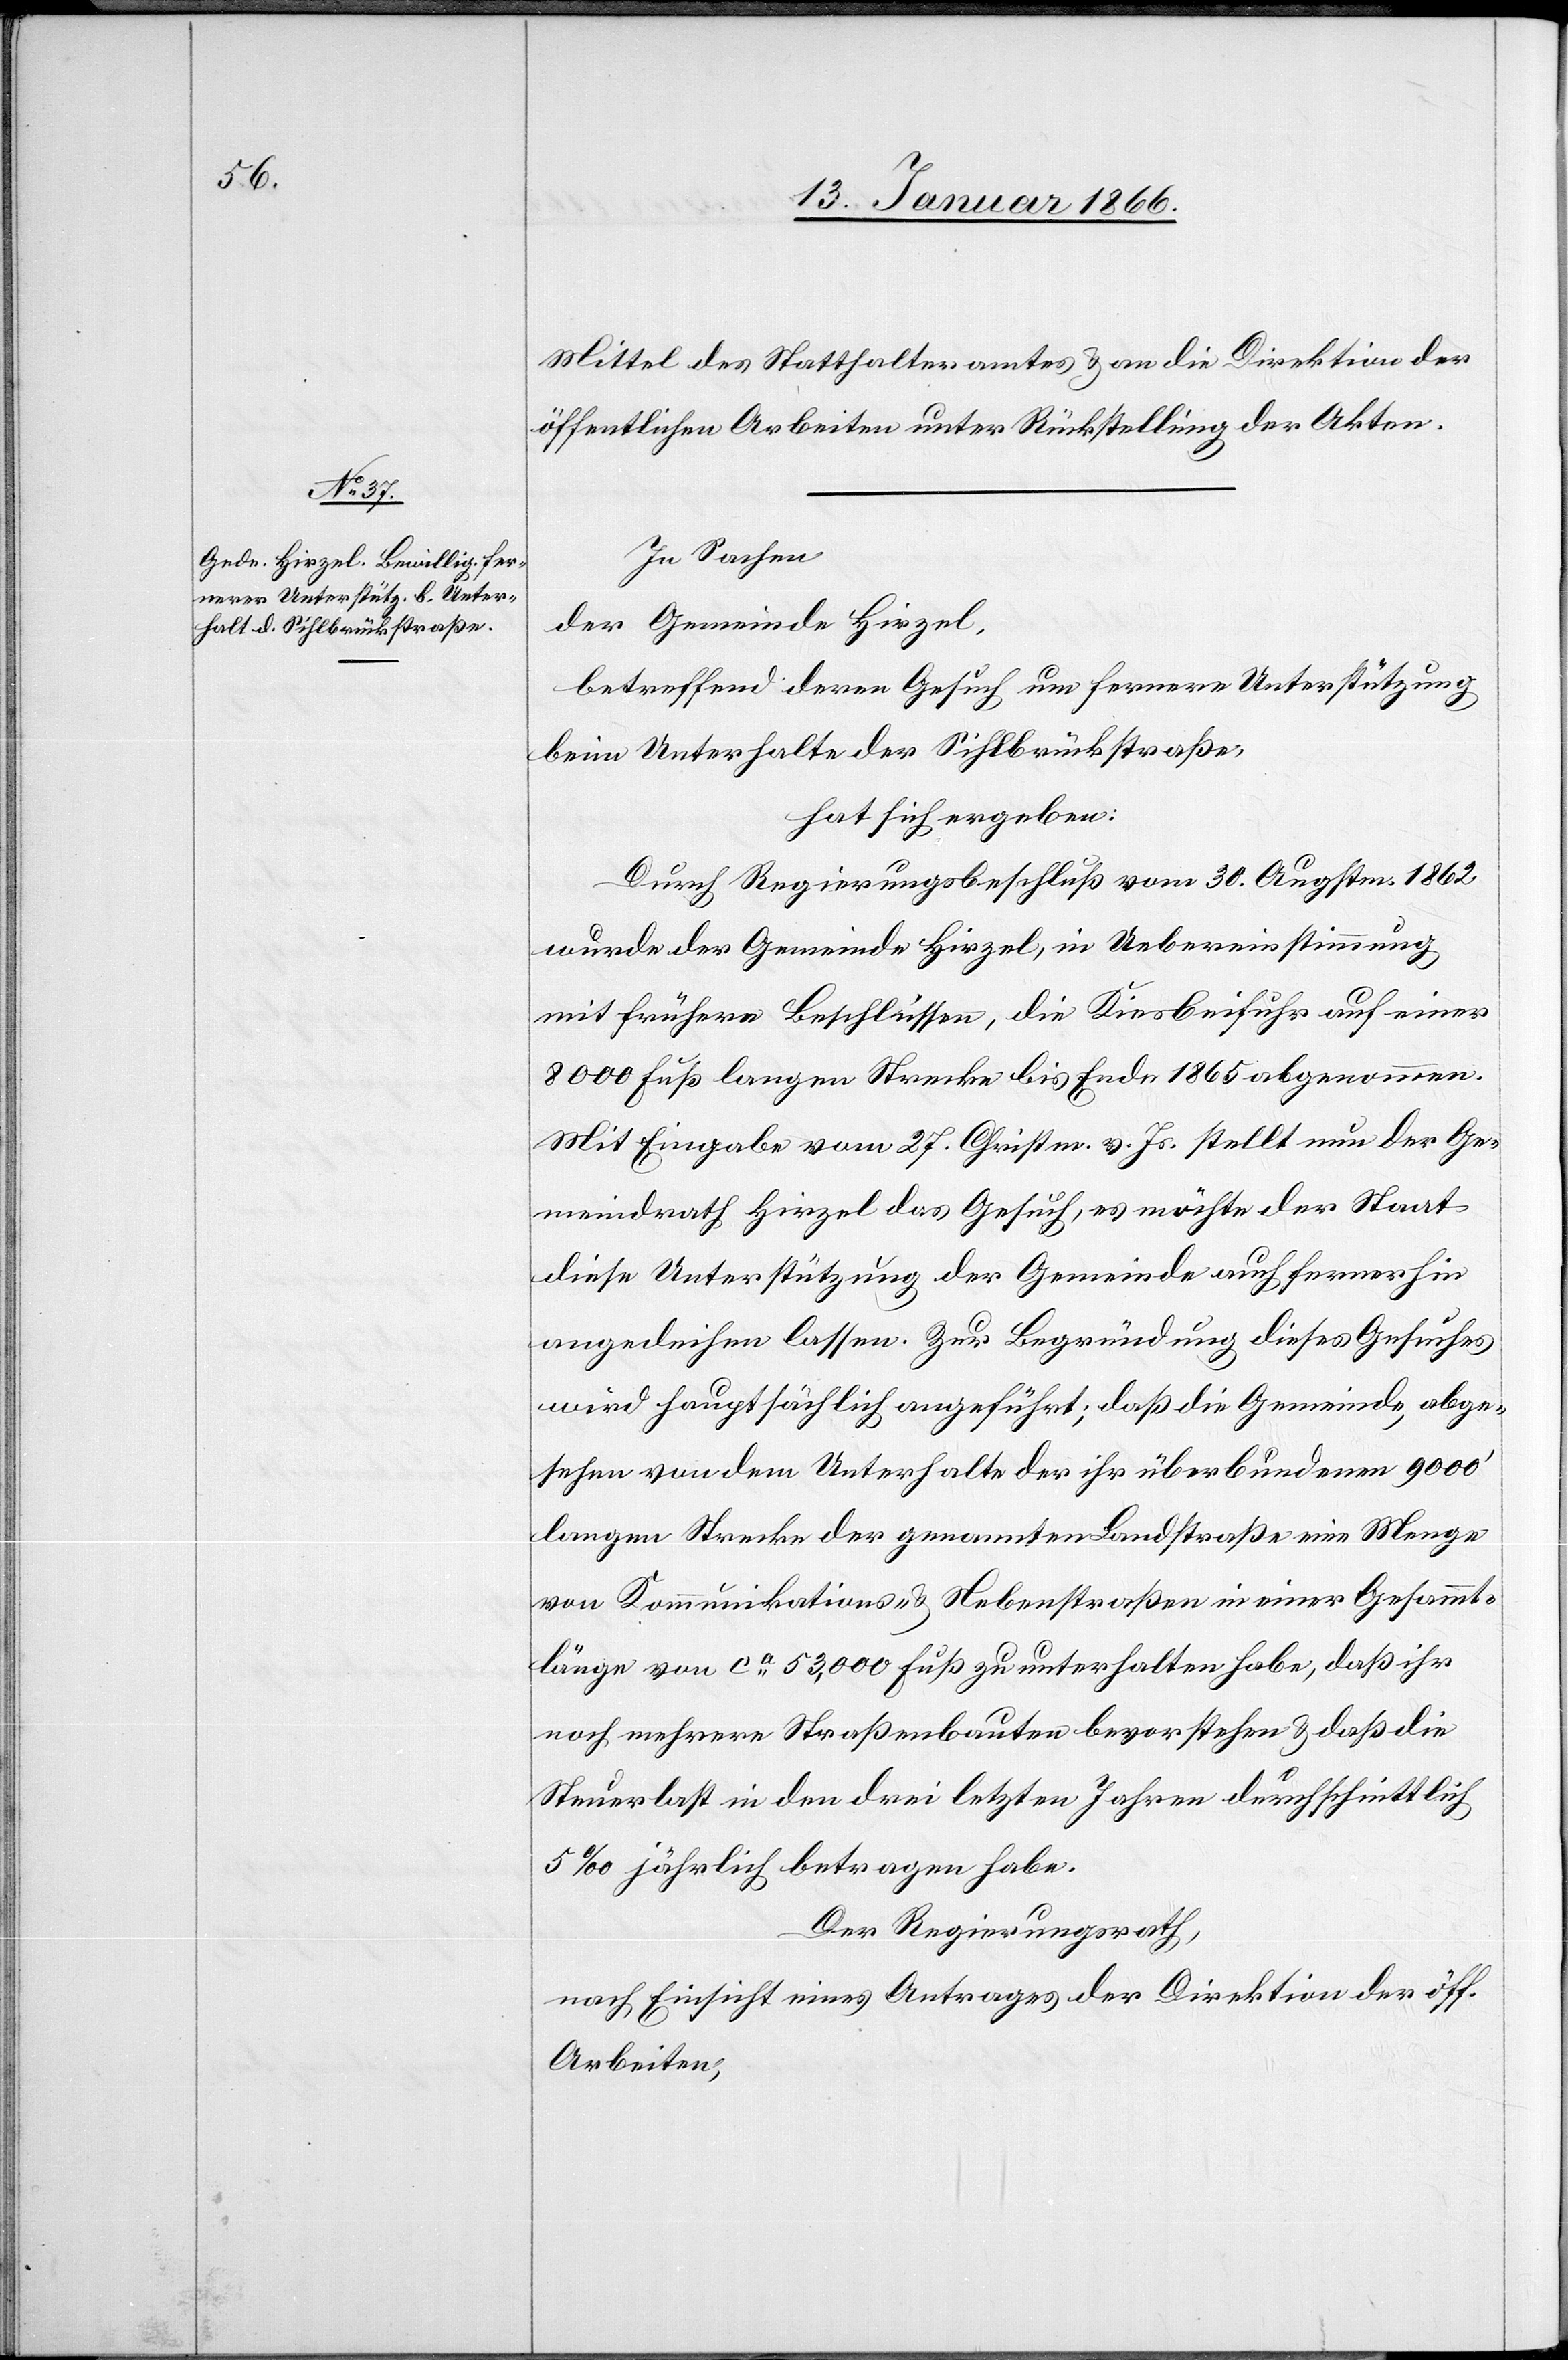
Mittel des Statthalteramtes u. an die Direktion der
öffentlichen Arbeiten unter Rückstellung der Akten.
In Sachen,
der Gemeinde Hirzel,
betreffend deren Gesuch um fernere Unterstützung
beim Unterhalte der Sihlbrückstraße,
hat sich ergeben:
Durch Regierungsbeschluß vom 30. Augstm. 1862
wurde der Gemeinde Hirzel, in Uebereinstimmung
mit frühern Beschlüssen, die Kiesbeifuhr auf einer
8000 Fuß langen Strecke bis Ende 1865 abgenommen.
Mit Eingabe vom 27. Christm. v. Js. stellt nun der Ge¬
meindrath Hirzel das Gesuch, es möchte der Staat
diese Unterstützung der Gemeinde auch fernerhin
angedeihen lassen.. Zur Begründung dieses Gesuches
wird hauptsächlich angeführt; daß die Gemeinde, abge¬
sehen von dem Unterhalte der ihr überbundenen 9000'
langen Strecke der genannten Landstraße eine Menge
von Kommunikations- u. Nebenstraßen in einer Gesammt¬
länge von ca. 53 000 Fuß zu unterhalten habe, daß ihr
noch mehrere Straßenbauten bevorstehen u. daß die
Steuerlast in den drei letzten Jahren durchschnittlich
5‰ jährlich betragen habe.
Der Regierungsrath,
nach Einsicht eines Antrages der Direktion der öff.
Arbeiten,